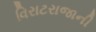
વિરાટરાજાની